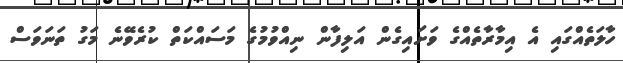
ހާލަތެއްގައި އެ އިމާރާތެއްގެ ވަށައިގެން އަލިފާން ނިއްވުމުގެ މަސައްކަތް ކުރެވޭނެ މަގު ތަނަވަސް